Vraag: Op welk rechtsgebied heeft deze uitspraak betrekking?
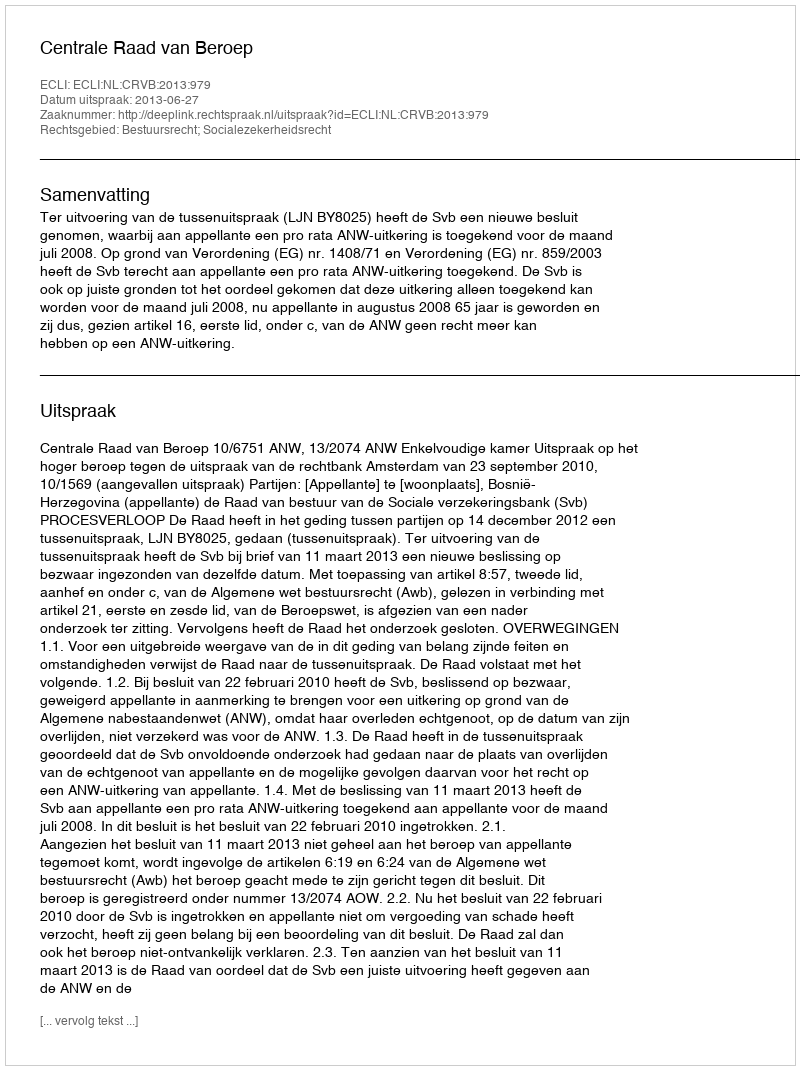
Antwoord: Bestuursrecht; Socialezekerheidsrecht